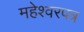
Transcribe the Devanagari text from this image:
महेश्वरपत्र